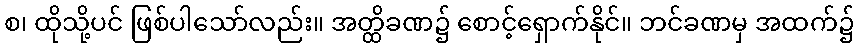
စ၊ ထိုသို့ပင် ဖြစ်ပါသော်လည်း။ အတ္ထိခဏ၌ စောင့်ရှောက်နိုင်။ ဘင်ခဏမှ အထက်၌